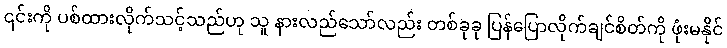
၎င်းကို ပစ်ထားလိုက်သင့်သည်ဟု သူ နားလည်သော်လည်း တစ်ခုခု ပြန်ပြောလိုက်ချင်စိတ်ကို ဖုံးမနိုင်